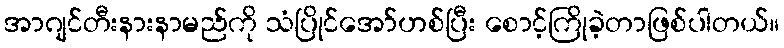
အာဂျင်တီးနားနာမည်ကို သံပြိုင်အော်ဟစ်ပြီး စောင့်ကြိုခဲ့တာဖြစ်ပါတယ်။